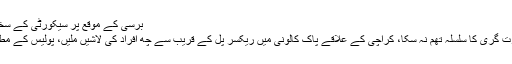
برسی کے موقع پر سیکورٹی کے سخت ترین انتظامات کئے گئے ہیں، اس موقع پر چھ…
کراچی میں چھاپوں گرفتاریوں کے باوجود قتل و غارت گری کا سلسلہ تھم نہ سکا، کراچی کے علاقے پاک کالونی میں ریکسر پل کے قریب سے چھ افراد کی لاشیں ملیں، پولیس کے مطابق تمام افراد کو اغوا کے بعد تشدد کا نشانہ بنایا گیا۔